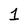
Character: 1